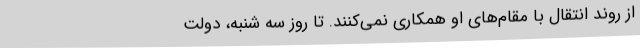
از روند انتقال با مقام‌های او همکاری نمی‌کنند. تا روز سه شنبه، دولت